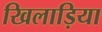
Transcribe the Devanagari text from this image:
खिलाड़िया